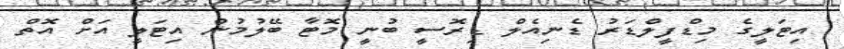
އިޓަލީގެ މިޑްފީލްޑަރު ޑެނިއެލް ޑިރޮސީ ބުނީ މޮޓާ ބޭލުމުން އިޓަލީ އަށް އޮތް